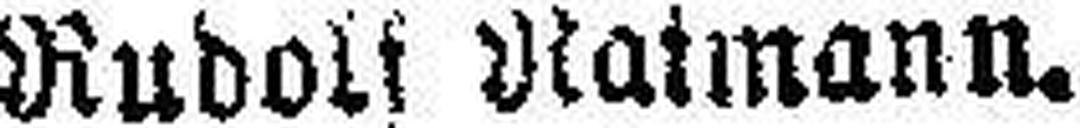
Rudolf ###atmann.